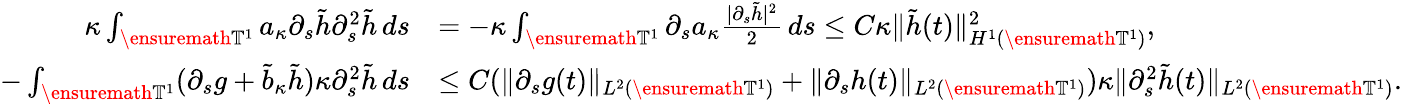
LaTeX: \begin{array}{rl}{\kappa\int_{\ensuremath{\mathbb{T}}^{1}}a_{\kappa}\partial_{s}\tilde{h}\partial_{s}^{2}\tilde{h}\, ds}&{=-\kappa\int_{\ensuremath{\mathbb{T}}^{1}}\partial_{s}a_{\kappa}\frac{|\partial_{s}\tilde{h}|^{2}}2\, ds\leq C\kappa\| \tilde{h}(t)\| _{H^{1}(\ensuremath{\mathbb{T}}^{1})}^{2},}\\ {-\int_{\ensuremath{\mathbb{T}}^{1}}(\partial_{s}g+\tilde{b}_{\kappa}\tilde{h})\kappa\partial_{s}^{2}\tilde{h}\, ds}&{\leq C(\| \partial_{s}g(t)\| _{L^{2}(\ensuremath{\mathbb{T}}^{1})}+\| \partial_{s}h(t)\| _{L^{2}(\ensuremath{\mathbb{T}}^{1})})\kappa\| \partial_{s}^{2}\tilde{h}(t)\| _{L^{2}(\ensuremath{\mathbb{T}}^{1})}.}\end{array}